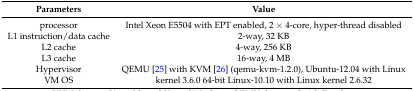
| Parameters | Value |
 | --- | --- |
 | processor | Intel Xeon E5504 with EPT enabled, 2 × 4-core, hyper-thread disabled |
 | L1 instruction/data cache | 2-way, 32 KB |
 | L2 cache | 4-way, 256 KB |
 | L3 cache | 16-way, 4 MB |
 | Hypervisor | QEMU [25] with KVM [26] (qemu-kvm-1.2.0), Ubuntu-12.04 with Linux |
 | VM OS | kernel 3.6.0 64-bit Linux-10.10 with Linux kernel 2.6.32 |